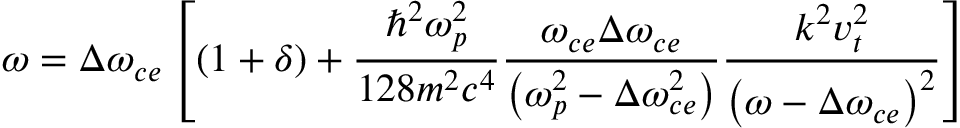
\omega = \Delta \omega _ { c e } \left[ \left( 1 + \delta \right) + \frac { \hbar ^ { 2 } \omega _ { p } ^ { 2 } } { 1 2 8 m ^ { 2 } c ^ { 4 } } \frac { \omega _ { c e } \Delta \omega _ { c e } } { \left( \omega _ { p } ^ { 2 } - \Delta \omega _ { c e } ^ { 2 } \right) } \frac { k ^ { 2 } v _ { t } ^ { 2 } } { \left( \omega - \Delta \omega _ { c e } \right) ^ { 2 } } \right]